system: You are a helpful assistant.
user:
Analyze the provided spectrum to determine if it is a **Carbon Star (C-type)**.

- **Key Visual Indicators of Carbon Star:**
    - **(Primary):** Strong molecular absorption from **C₂ (diatomic carbon) "Swan Bands."** This is the **defining feature** of a carbon star.
        - **(Key Bandheads):** Sharp absorption edges are visible at approximately $5635$ Å, $5165$ Å (the strongest band), and $4737$ Å.
        - **(Line Profile):** Creates a distinct **"saw-tooth"** pattern. The key morphology is a sharp, steep bandhead on the **red (long-wavelength) side**, which then gradually tapers off (i.e., flux recovers) towards the **blue (short-wavelength) side**. *(This is the direct opposite of the TiO bands seen in M-type stars)*.

    - **(Secondary):** Intense **CN (cyanogen)** molecular absorption bands.
        - **(Key Bandheads):** Located in the blue and violet regions of the spectrum (e.g., near $4215$ Å and $3883$ Å).
        - **(Morphology):** These bands are extremely broad and act as a "blanket," absorbing the vast majority of blue and violet light. This creates a characteristic **"cliff"** or **"steep drop-off"** in the spectrum's flux at short wavelengths.

    - **(Key Confirmation):** Strong **CH absorption band (G-band)**.
        - **(Key Bandhead):** Located around $4300$ Å. The contribution from CH molecules to this band is exceptionally strong.

    - **(Overall Spectrum):**
        - The continuum is severely "chopped up" by these deep molecular bands, especially C₂, rather than appearing as a smooth curve.
        - Due to the heavy CN and C₂ absorption in the blue-green, the vast majority of the star's flux is concentrated in the red part of the spectrum, giving the star its characteristic deep red color.

Think first, call **spectral_visualization_tool** if needed to examine features in detail, then provide your final answer. Your response must adhere to the following strict rules:
1.  **Overall Structure:** Your response must follow the format `<think>...</think> <tool_call>...</tool_call> (if a tool is used) <answer>...</answer>`.
2.  **Tool Usage Constraint:** You may only make **one** tool call per turn.
3.  **Final Answer Format:** In the `<answer>` tag, your conclusion must be inside a `\boxed{}` command (e.g., `\boxed{YES}`), followed by your justification.

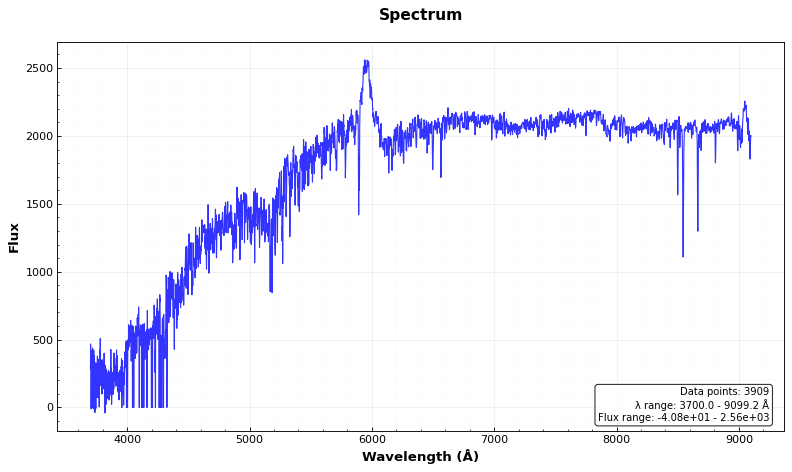
Answer: NO